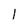
Character: 1